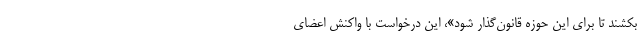
بكشند تا برای اين حوزه قانون‌گذار شود»، اين درخواست با واكنش اعضای